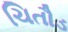
ચિતૌડ